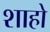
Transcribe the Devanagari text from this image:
शाहो